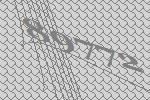
89772